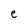
Character: e